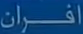
افران